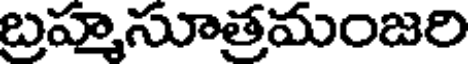
బ్రహ్మసూత్రమంజరి